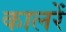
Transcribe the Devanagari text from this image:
कालरें